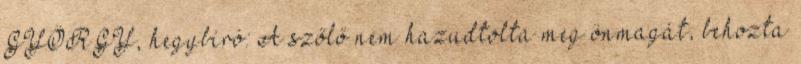
GYÖRGY, hegybíró: A szőlő nem hazudtolta meg önmagát, behozta